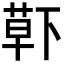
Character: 𮏱